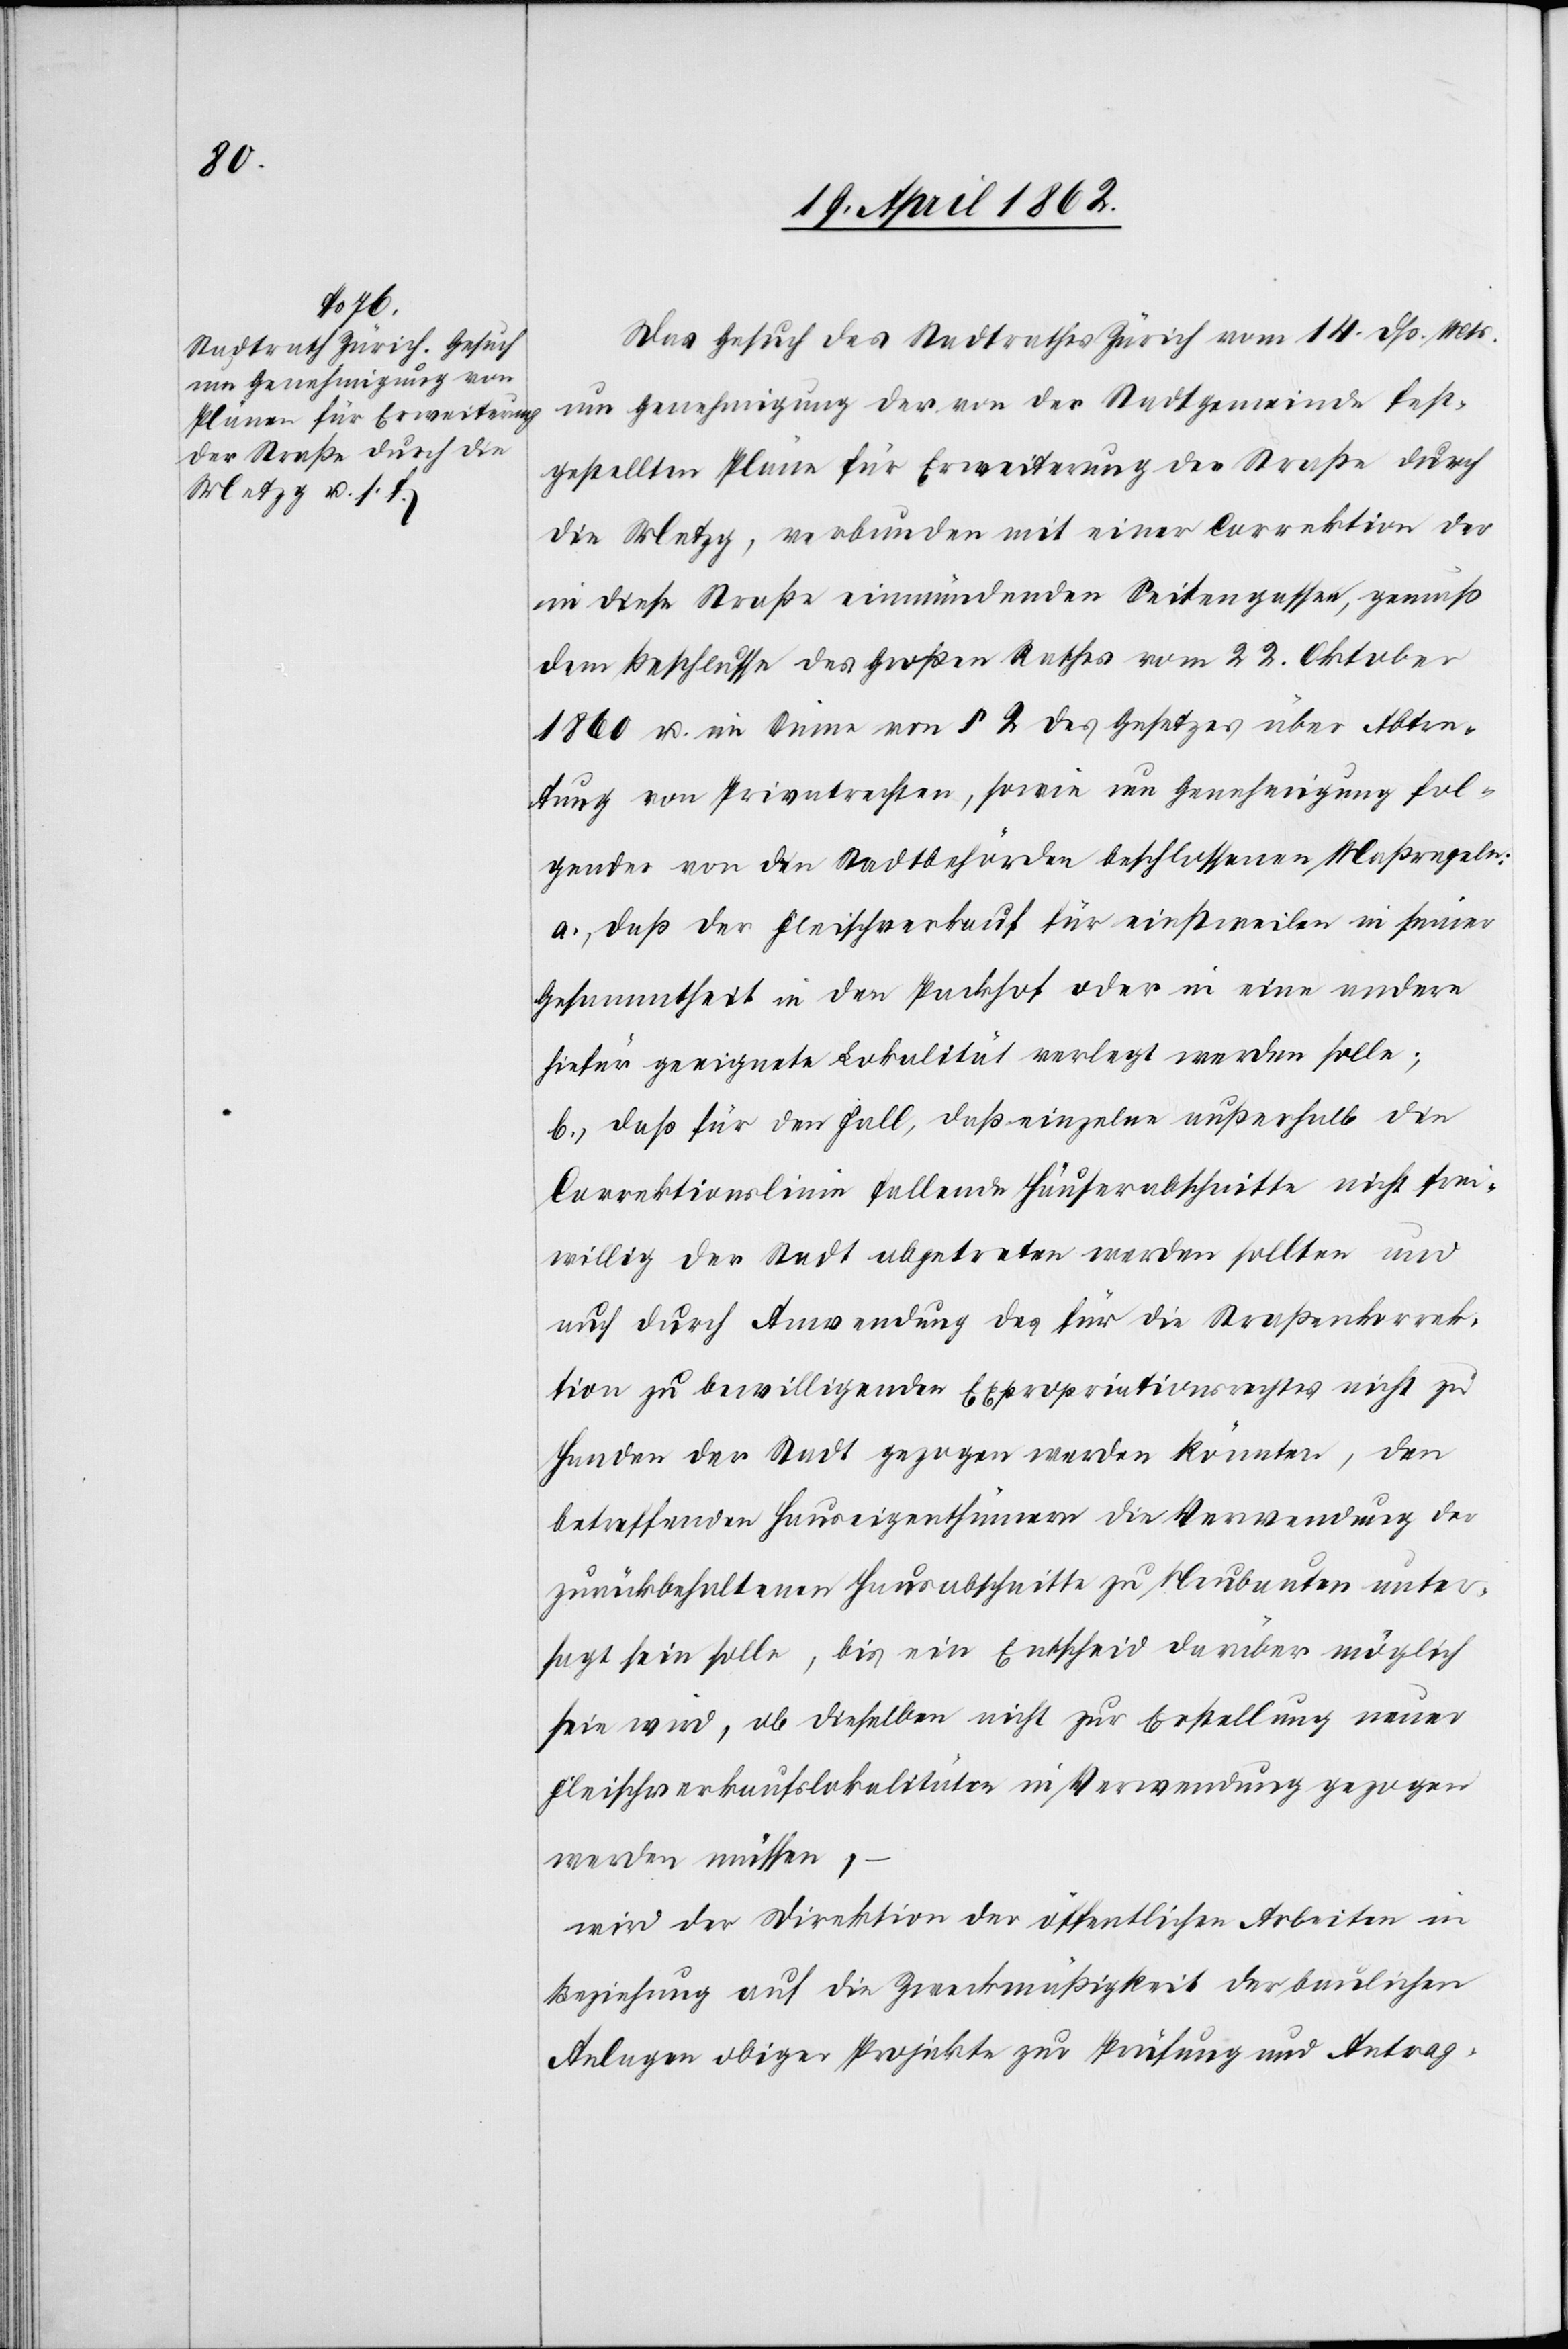
Das Gesuch des Stadtrathes Zürich vom 14. dß. Mts.
um Genehmigung der von der Stadtgemeinde fest¬
gestellten Pläne für Erweiterung der Straße durch
die Metzg, verbunden mit einer Correktion der
diese Straße einmündenden Seitengassen, gemäß
dem Beschlusse des Großen Rathes vom 22. Oktober
1860 u. im Sinne von § 2. des Gesetzes über Abtre¬
tung von Privatrechten, sowie um Genehmigung fol¬
gender von den Stadtbehörden beschlossenen Maßregeln:
a) daß der Fleischverkauf für einstweilen in seiner
Gesammtheit in den Packhof oder in eine andere
hiefür geeignete Lokalität verlegt werden solle;
b) daß für den Fall, daß einzelne außerhalb die
Correktionslinie fallende Häuserabschnitte nicht frei¬
willig der Stadt abgetreten werden sollten und
auch durch Anwendung des für die Straßenkorrek¬
tion zu bewilligenden Expropriationsrechtes nicht zu
Handen der Stadt gezogen werden könnten, den
betreffenden Hauseigenthümern die Verwendung der
zurückbehaltenen Hausabschnitte zu Neubauten unter¬
sagt sein solle, bis ein Entscheid darüber möglich
sein wird, ob dieselben nicht zur Erstellung neuer
Fleischverkaufslokalitäten in Verwendung gezogen
werden müssen,
wird der Direktion der öffentlichen Arbeiten in
Beziehung auf die Zweckmäßigkeit der baulichen
Anlagen obiger Projekte zur Prüfung und Antrag-